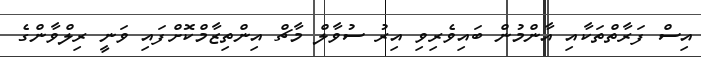
އިސް ފަރާތްތަކާއި އާންމުން ބައިވެރިވި އިރު ސުވާލް މާޗް އިންތިޒާމްކޮށްފައި ވަނީ ރިލްވާންގެ